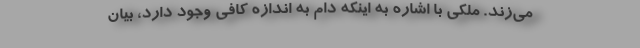
می‌زند. ملکی با اشاره به اینکه دام به اندازه کافی وجود دارد، بیان